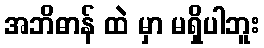
အဘိဓာန် ထဲ မှာ မရှိပါဘူး